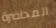
المحاضرة